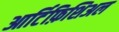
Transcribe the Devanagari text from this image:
आर्टिफ़िशिअल